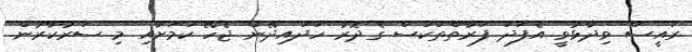
ރައީސް ވިދާޅުވީ އެފަދަ ފަރާތްތަކަސް ގެދޮރު ހަދައިދޭން ޖެހޭ ކަމަށާއި މި ސަރުކާރުން